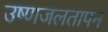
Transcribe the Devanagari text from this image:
उष्णजलतापन